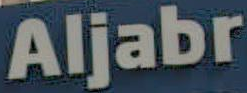
Aljabr